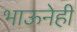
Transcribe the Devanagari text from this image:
भाऊनेही